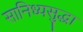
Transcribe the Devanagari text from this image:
सानिध्यसुद्धा